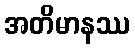
အတိမာနဿ